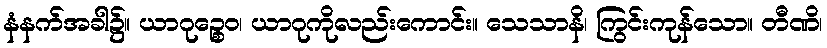
နံနက်အခါ၌။ ယာဂုဉ္စေဝ၊ ယာဂုကိုလည်းကောင်း။ သေသာနိ၊ ကြွင်းကုန်သော။ တီဏိ၊